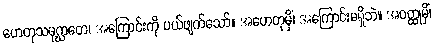
ဟေတုသမုဂ္ဃာတေ၊ အကြောင်းကို ပယ်ဖျက်သော်။ အဟေတုမှိံ၊ အကြောင်းမရှိဘဲ။ အဝတ္ထုမှိံ၊